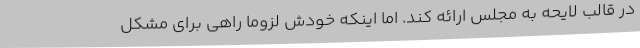
در قالب لایحه به مجلس ارائه کند. اما اینکه خودش لزوماً راهی برای مشکل